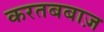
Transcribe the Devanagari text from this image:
करतबबाज़